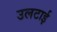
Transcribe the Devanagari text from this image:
उलटाई